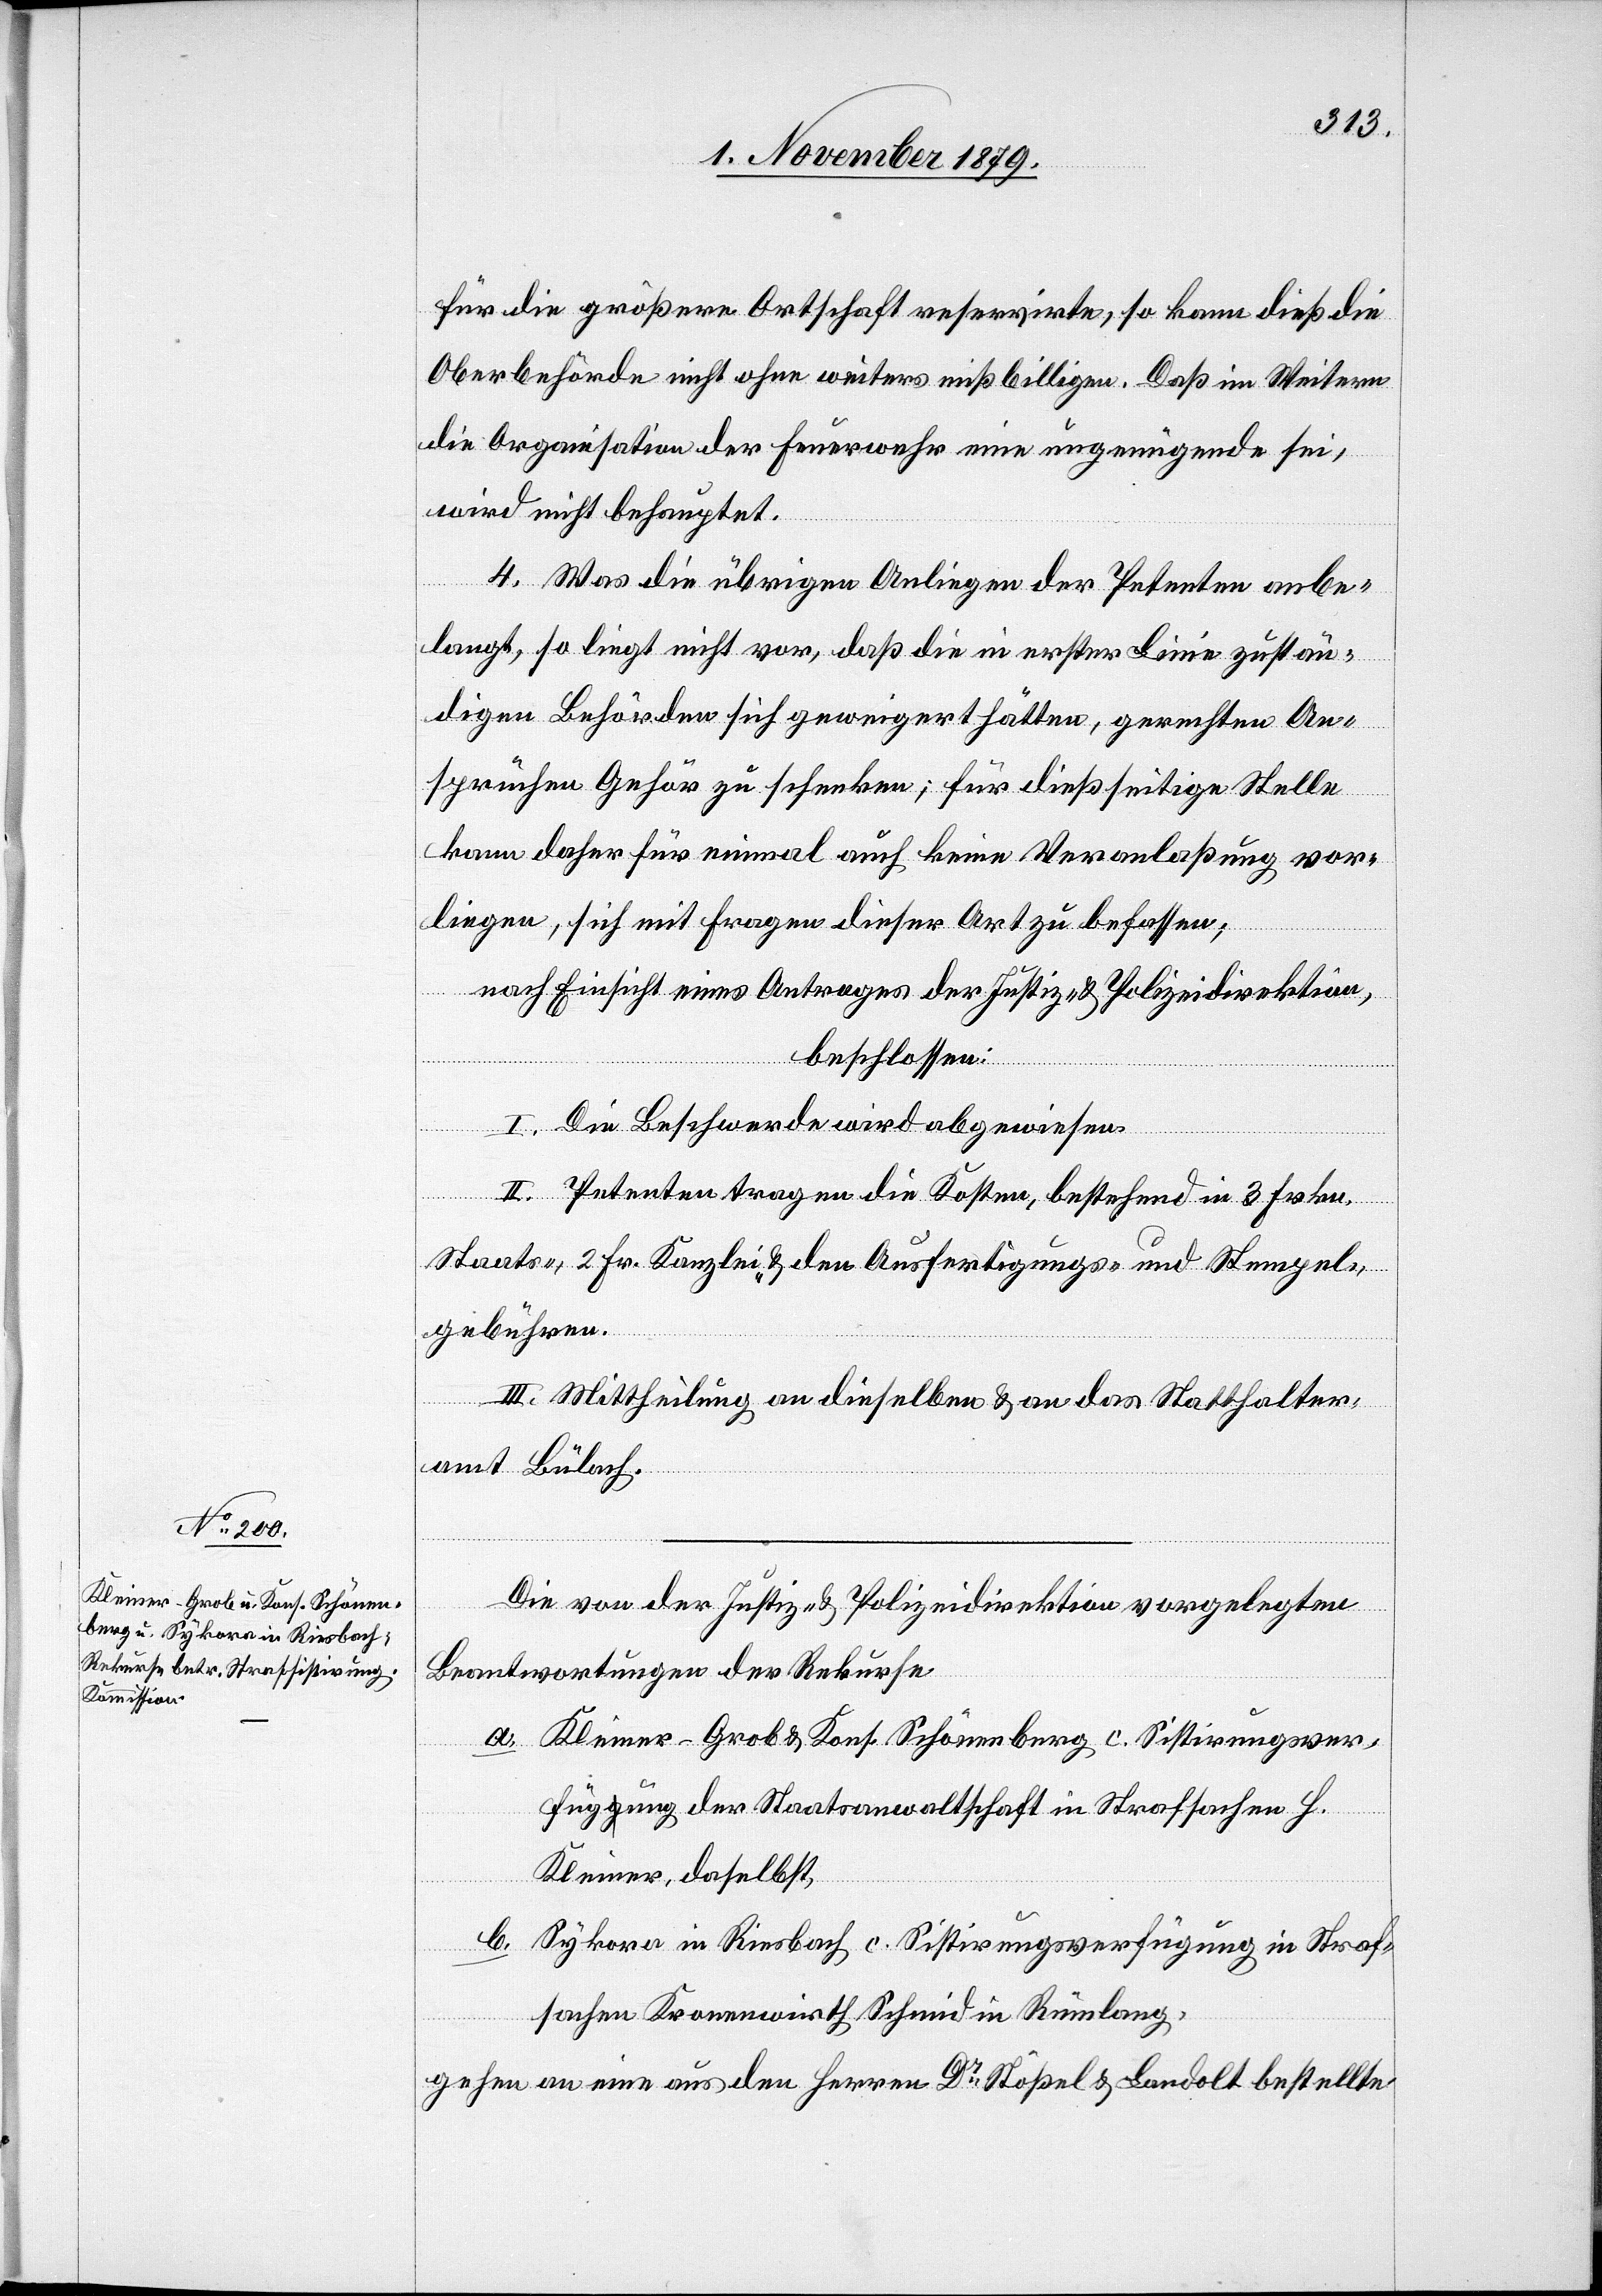
für die größere Ortschaft reservirte, so kann dieß die
Oberbehörde nicht ohne Weiteres mißbilligen. Daß im Weitern
die Organisation der Feuerwehr eine ungenügende sei,
wird nicht behauptet.
4. Was die übrigen Anliegen der Petenten anbe¬
langt, so liegt nicht vor, daß die in erster Linie zustän¬
digen Behörden sich geweigert hätten, gerechten An¬
sprüchen Gehör zu schenken; für dießseitige Stelle
kann daher für einmal auch keine Veranlaßung vor¬
liegen, sich mit Fragen dieser Art zu befassen;
nach Einsicht eines Antrages der Justiz- & Polizeidirektion,
beschlossen:
I. Die Beschwerde wird abgewiesen.
II. Petenten tragen die Kosten, bestehend in 3 Frkn.
Staats-, 2 Fr. Kanzlei- & Ausfertigungs- und Stempel¬
gebühren.
III. Mittheilung an dieselben & an das Statthalter¬
amt Bülach.
Die von der Justiz- & Polizeidirektion vorgelegten
Beantwortungen der Rekurse
a. Kleiner-Grob & Kons. Schönenberg c. Sistirungsver¬
fügung der Staatsanwaltschaft in Strafsachen H.
Kleiner, daselbst,
b. Sykora in Riesbach c. Sistirungsverfügung in Straf¬
sachen Kronenwirth Schmid in Rümlang,
gehen an eine aus den Herren Dr Stößel & Landolt bestellte